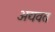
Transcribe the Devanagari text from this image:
अद्यवत